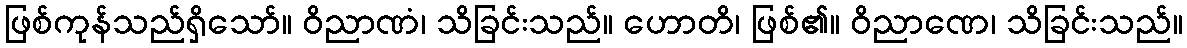
ဖြစ်ကုန်သည်ရှိသော်။ ဝိညာဏံ၊ သိခြင်းသည်။ ဟောတိ၊ ဖြစ်၏။ ဝိညာဏေ၊ သိခြင်းသည်။